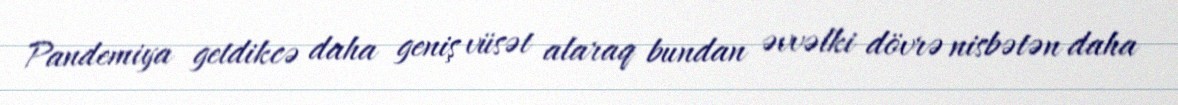
Pandemiya getdikcə daha geniş vüsət alaraq bundan əvvəlki dövrə nisbətən daha